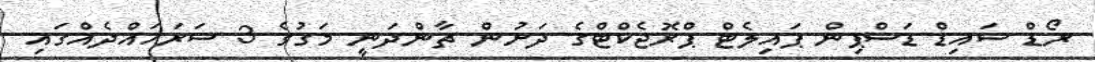
ރޯޑް ސައިޑް ޑަސްޕިން ޕައިލެޓް ޕްރޮޖެކްޓްގެ ދަށުން ޗާންދަނީ މަގުގެ 3 ސަރަހައްދެއްގައި